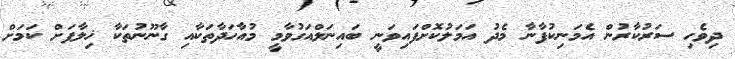
ދިވެހި ސަރުކާރުން އެމަނިކުފާނާ މެދު އަމަލުކޮށްފައިވަނީ ބައިނަލްއަގުވާމީ މުއާހަދާތަކާއި ގާނޫނުތަކާ ޚިލާފަށް ކަމަށް